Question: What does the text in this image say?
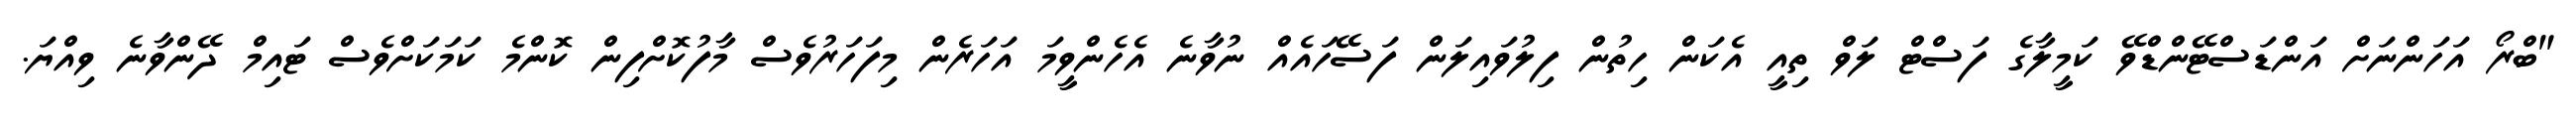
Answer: "ބްރޯ އަހަންނަށް އަންޑަސްޓޭންޑްވޭ ކަމީލާގެ ފަސްޓް ލަވް ތިއީ އެކަން ހިތުން ފިލުވައިލަން ފަސޭހައެއް ނުވާނެ އެހެންވީމަ އަހަރެން މިފަހަރުވެސް މާފުކޮށްފިން ކޮންމެ ކަމަކަށްވެސް ޓައިމް ދޭންވާނެ ވިއްޔަ.